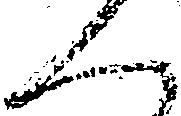
く